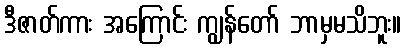
ဒီဇာတ်ကား အကြောင်း ကျွန်တော် ဘာမှမသိဘူး။